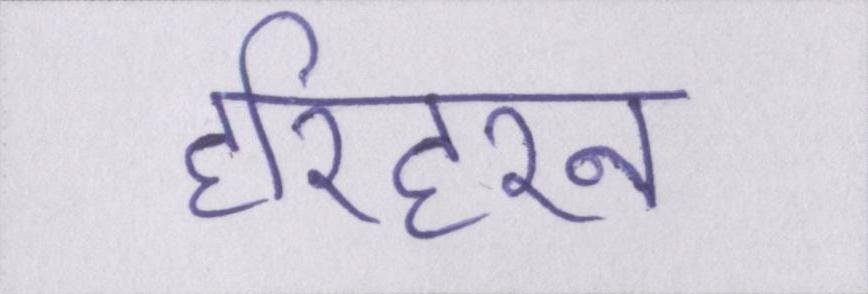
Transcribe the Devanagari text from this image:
हरिहरन